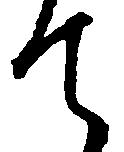
て